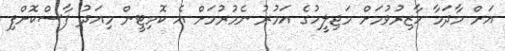
އަށް މާދަމާ ހާޒިރުވުމަށް މަޖިލީހުގެ އަމުރު ނެމުރުމަށް އެ ކޮމިޓީން މިއަދު ފާސްކޮށްފި